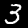
Digit: 3